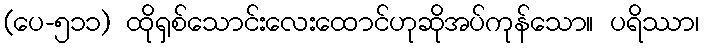
(ပေ-၅၁၁) ထိုရှစ်သောင်းလေးထောင်ဟုဆိုအပ်ကုန်သော။ ပရိဿာ၊